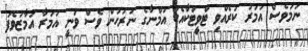
ނަމަވެސް އުމަރު ކުރެއްވި ޓްވީޓަކާއެކު އުމްނާގެ ނުރުހުން ވެސް ވަނީ އުމަރާ އަމާޒުވެފަ